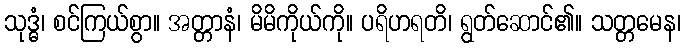
သုဒ္ဓံ၊ စင်ကြယ်စွာ။ အတ္တာနံ၊ မိမိကိုယ်ကို။ ပရိဟရတိ၊ ရွတ်ဆောင်၏။ သတ္တမေန၊